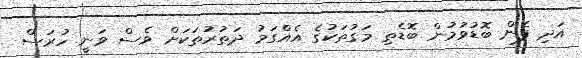
އަދި ފެން ބޮޑުވުމުން ބޮޑެތި މަގުތަކުގެ އެއްގަމު ދަތުރުތަކަށް ވެސް ވަނީ ހުރަސް